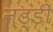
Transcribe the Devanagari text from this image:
नड्डी